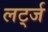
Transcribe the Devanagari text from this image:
लर्ट्ज